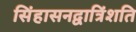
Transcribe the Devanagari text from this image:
सिंहासनद्वात्रिंशति